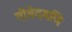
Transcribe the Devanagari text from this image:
गोमेदमणि